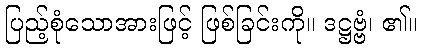
ပြည့်စုံသောအားဖြင့် ဖြစ်ခြင်းကို။ ဒဋ္ဌဗ္ဗံ၊ ၏။